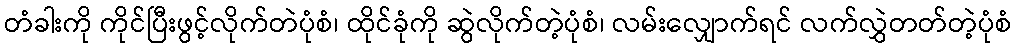
တံခါးကို ကိုင်ပြီးဖွင့်လိုက်တဲပုံစံ၊ ထိုင်ခုံကို ဆွဲလိုက်တဲ့ပုံစံ၊ လမ်းလျှောက်ရင် လက်လွှဲတတ်တဲ့ပုံစံ